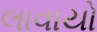
લાવાયો